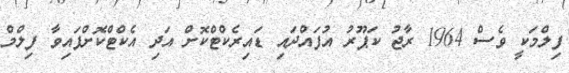
ފިލްމަކީ ވެސް 1964 ރާޖު ކަޕޫރު އުފައްދައި ޑައިރެކްޓްކޮށް އަދި އެކްޓްކޮށްފައިވާ ފިލްމް